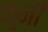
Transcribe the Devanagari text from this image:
कुनी